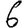
Digit: 6